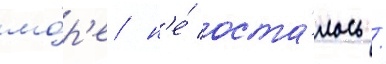
мо́р'е н'е́ оста́лось /